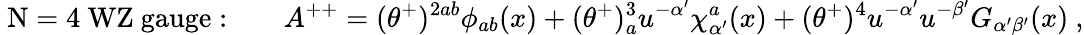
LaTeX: \mathrm{~N=4~WZ~gauge:}\qquad A^{++}=(\theta^{+})^{2ab}\phi_{ab}(x)+(\theta^{+})_{a}^{3}u^{-\alpha^{\prime}}\chi_{\alpha^{\prime}}^{a}(x)+(\theta^{+})^{4}u^{-\alpha^{\prime}}u^{-\beta^{\prime}}G_{\alpha^{\prime}\beta^{\prime}}(x)\ ,